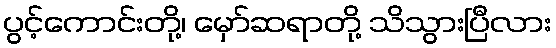
ပွင့်ကောင်းတို့၊ မှော်ဆရာတို့ သိသွားပြီလား